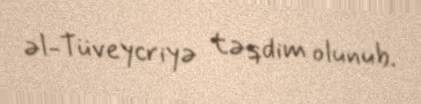
əl-Tüveycriyə təqdim olunub.